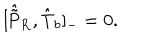
LaTeX: [ \hat { \tilde { \mathrm { P } } } _ { \mathrm { R } } , \hat { \mathrm { T } } _ { b } ] _ { - } = 0 .